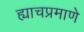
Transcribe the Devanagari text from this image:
ह्याचप्रमाणे